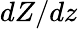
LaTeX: dZ/dz